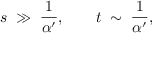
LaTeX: s \; \gg \; \frac 1 { \alpha ^ { \prime } } , \qquad t \; \sim \; \frac 1 { \alpha ^ { \prime } } ,